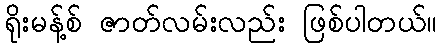
ရိုးမန့်စ် ဇာတ်လမ်းလည်း ဖြစ်ပါတယ်။